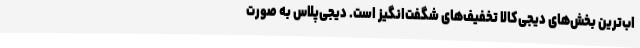
اب‌ترین بخش‌های دیجی‌کالا تخفیف‌های شگفت‌انگیز است. دیجی‌پلاس به صورت